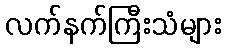
လက်နက်ကြီးသံများ